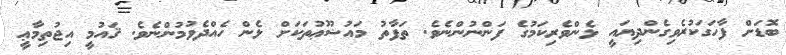
ބޮޑަށް ފާހަގަކުރެވިގެންދިޔައީ ޅެންވެރިކަމުގެ ފަންނުންނެވެ. ތަފާތު މައުޟޫޢުތަކަށް ޅެން ހެއްދެވުމުންނެވެ. ޤައުމީ އިޖުތިމާޢީ